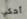
أحكي